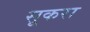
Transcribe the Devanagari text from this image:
सूकरा